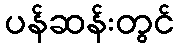
ပန်ဆန်းတွင်